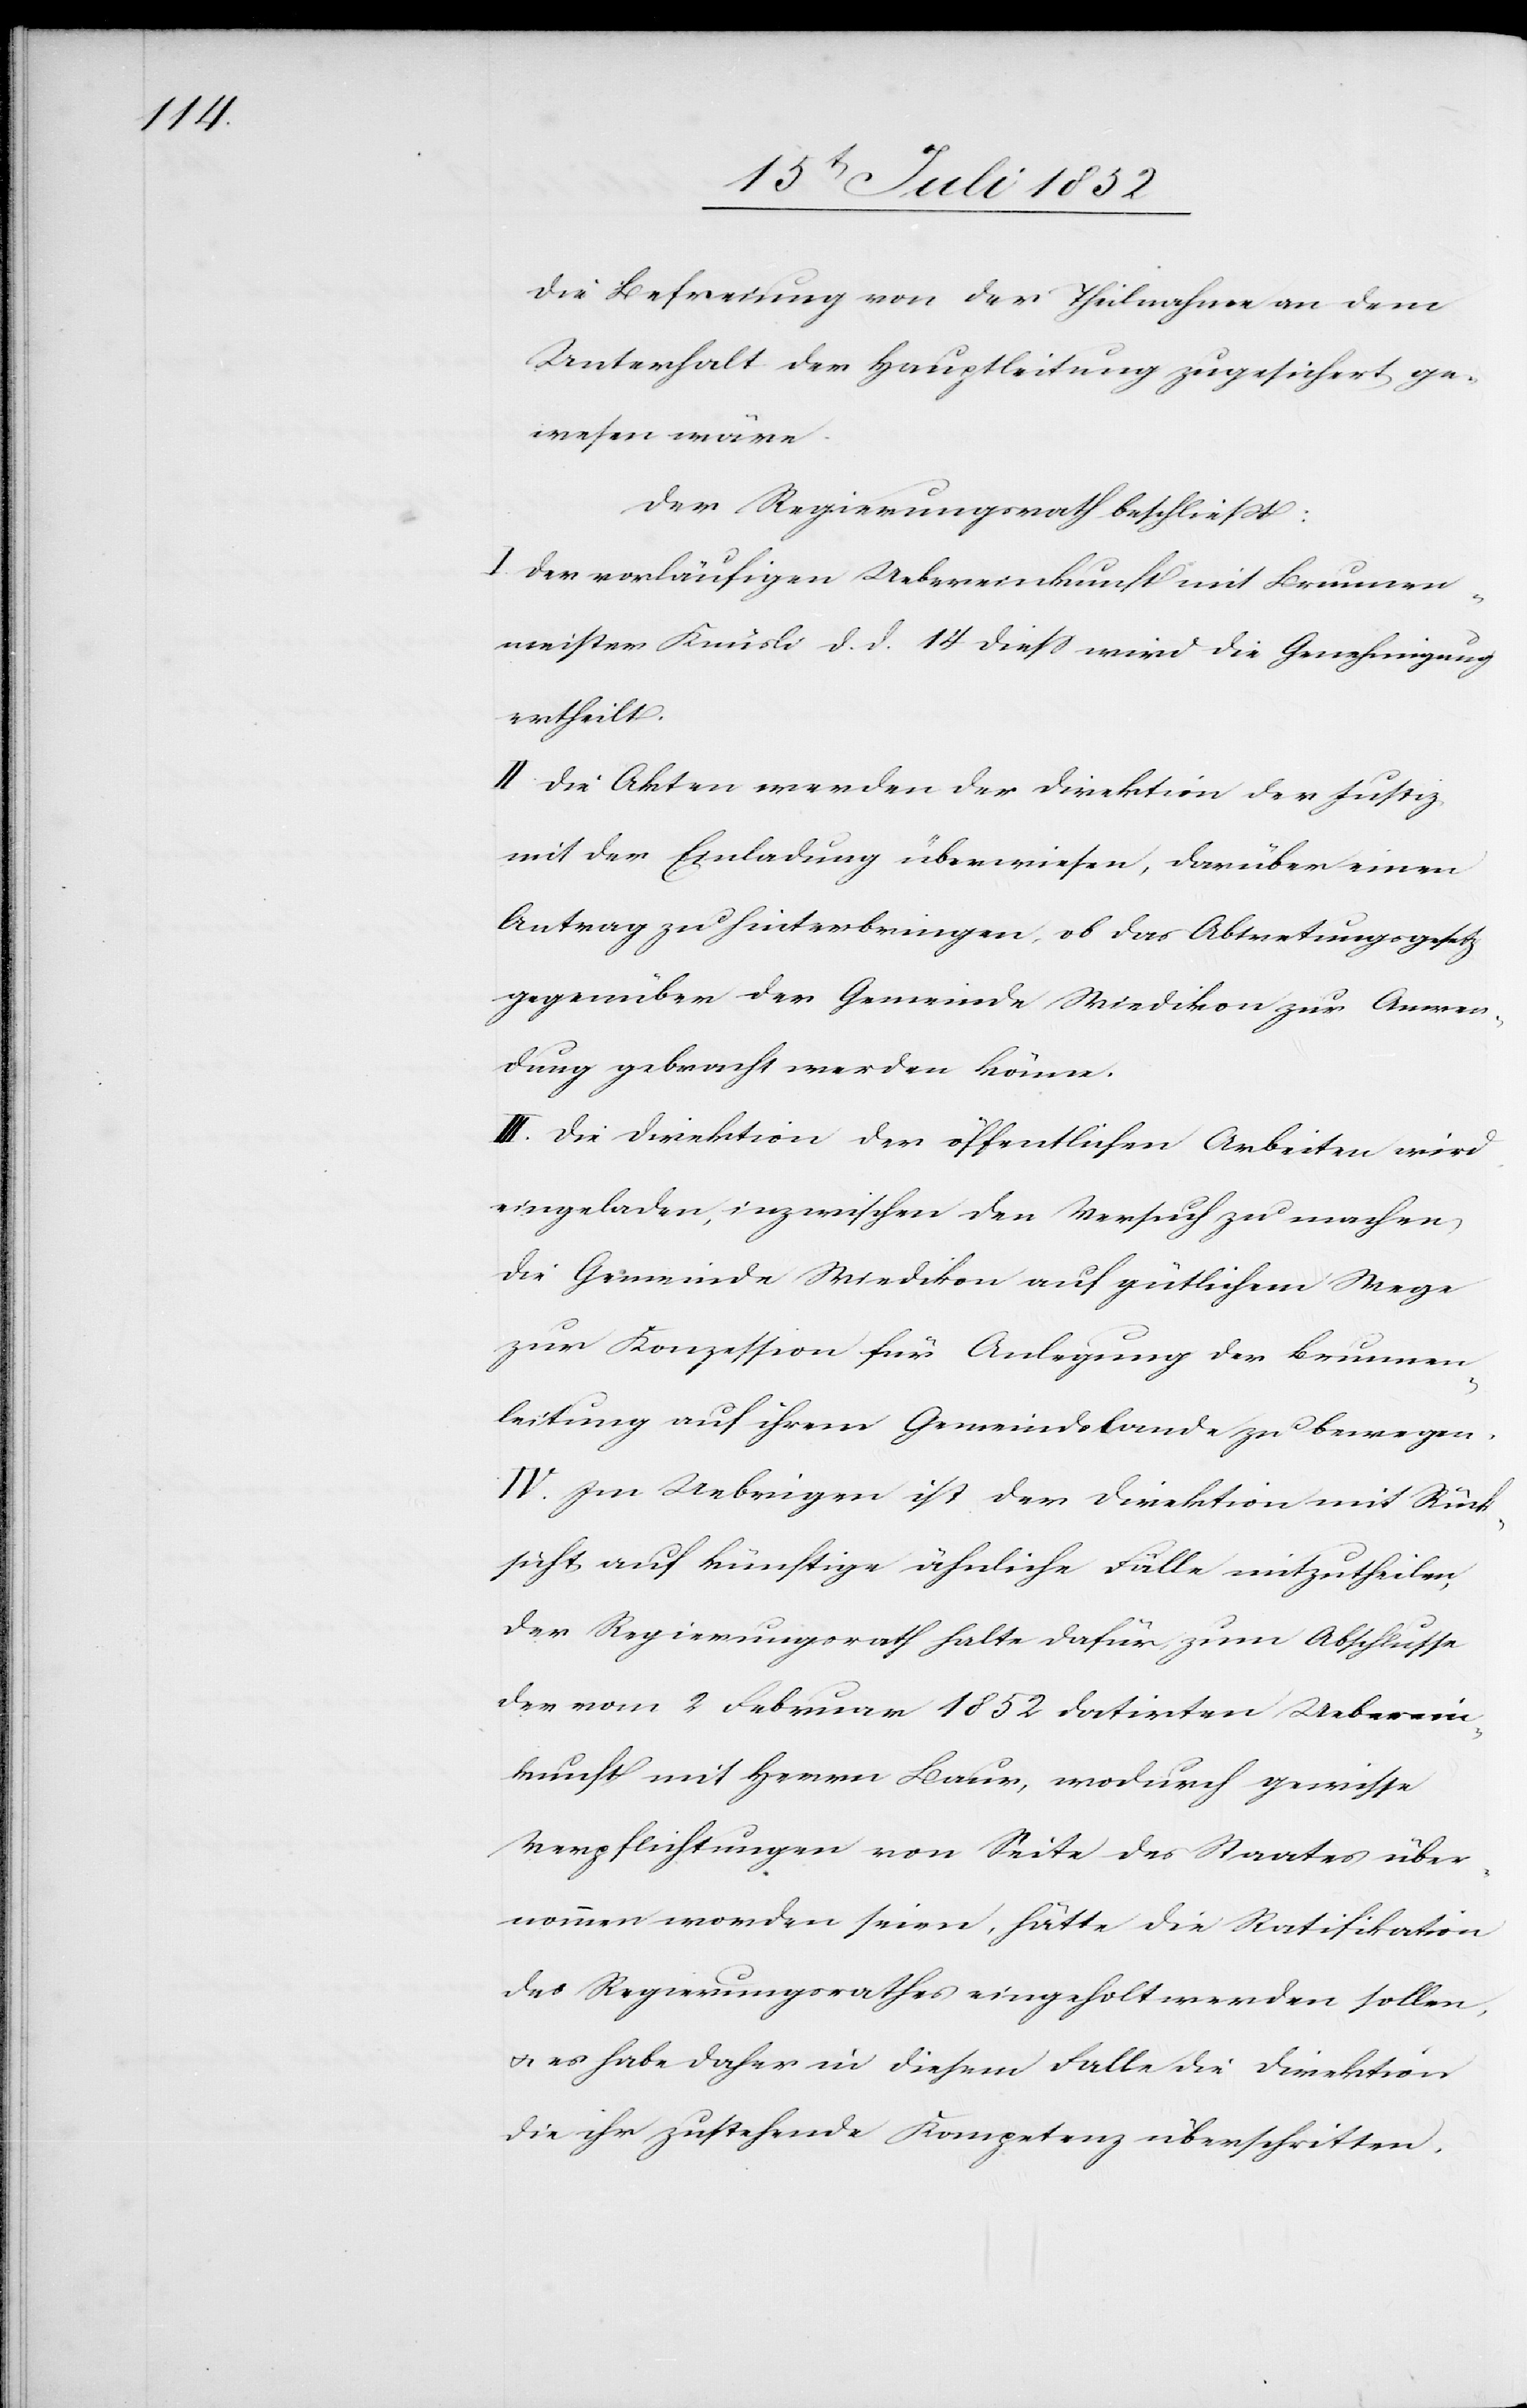
die Befreiung von der Theilnahme an dem
Unterhalt der Hauptleitung zugesichert ge¬
wesen wäre.
Der Regierungsrath beschließt:
I. Der vorläufigen Uebereinkunft mit Brunnen¬
meister Knüsli d. d. 14 diess wird die Genehmigung
ertheilt.
II Die Akten werden der Direktion der Justiz
mit der Einladung überwiesen, darüber einen
Antrag zu hinterbringen, ob das Abtretungsgesetz
gegenüber der Gemeinde Wiedikon zur Anwen¬
dung gebracht werden könne.
III. Die Direktion der öffentlichen Arbeiten wird
eingeladen, inzwischen den Versuch zu machen
die Gemeinde Wiedikon auf gütlichem Wege
zur Konzession für Anlegung der Brunnen¬
leitung auf ihrem Gemeindslande zu bewegen.
IV. Im Uebrigen ist der Direktion mit Rück¬
sicht auf künftige ähnliche Fälle mitzutheilen,
der Regierungsrath halte dafür, zum Abschlusse
der vom 2 Februar 1852 datirten Ueberein¬
kunft mit Herrn Baur, wodurch gewisse
Verpflichtungen von Seite des Staates über¬
nommen worden seien, hätte die Ratifikation
des Regierungsrathes eingeholt werden sollen,
& es habe daher in diesem Falle die Direktion
die ihr zustehende Kompetenz überschritten.